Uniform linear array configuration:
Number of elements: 32
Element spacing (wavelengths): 0.75
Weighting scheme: exponential
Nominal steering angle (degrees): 30
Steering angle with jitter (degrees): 29.345
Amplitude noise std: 0.05
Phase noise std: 0.05

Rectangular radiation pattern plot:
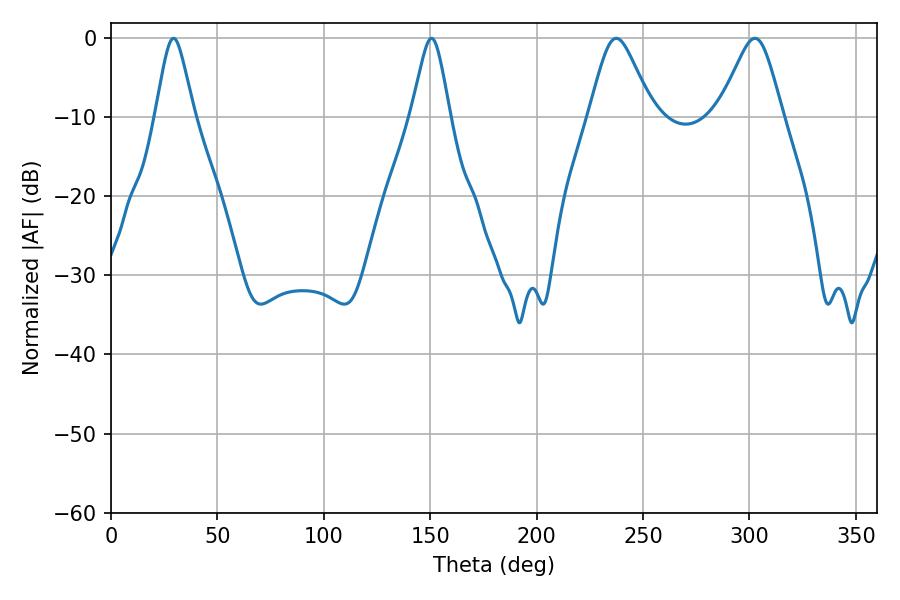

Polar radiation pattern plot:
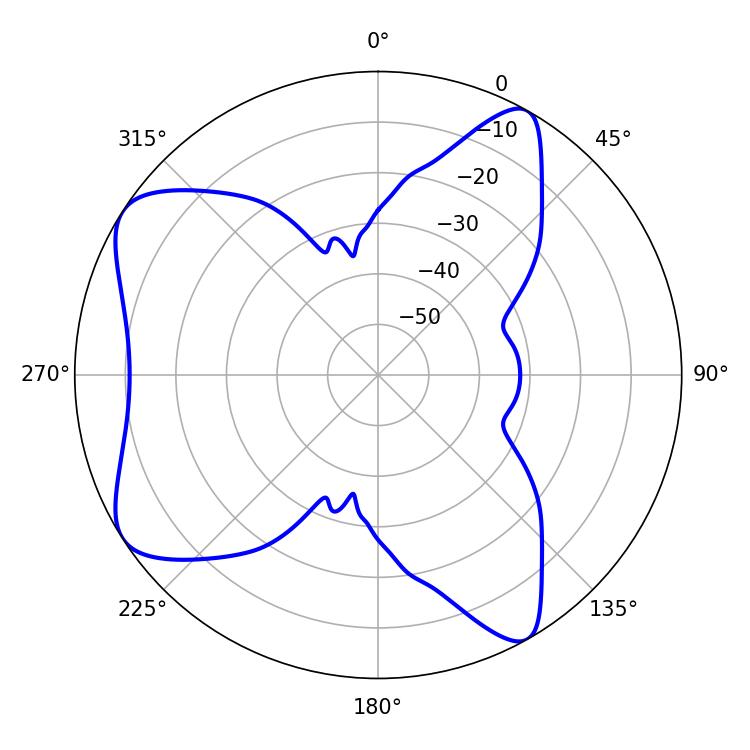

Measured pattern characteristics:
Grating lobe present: TRUE
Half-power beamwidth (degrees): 14.4
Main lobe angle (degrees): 237.42